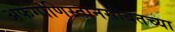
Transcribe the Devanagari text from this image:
अफगाणिस्तानसोबतच्या